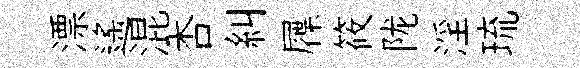
漂遥混杏糾屧筱陇淫琉